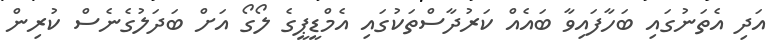
އަދި އެތަނުގައި ބަހާފައިވާ ބައެއް ކަރުދާސްތަކުގައި އެމްޑީޕީގެ ލޯގޯ އަށް ބަދަލުގެނެސް ކުރިން